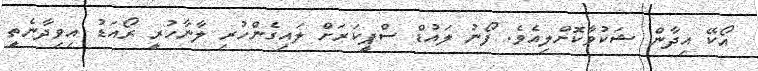
އޯކޭ އިދާން ޝަކުވާކޮށްލިއެވެ. ފޯނު ލައުޑް ސްޕީކަރަށް ލައިގެންހުރި ލާނާހުރީ ރޯއަޑު އިވިދާނެތީ